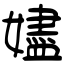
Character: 嬧